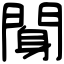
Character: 𨉖